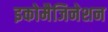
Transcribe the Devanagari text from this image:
इकोमैजिनेशन